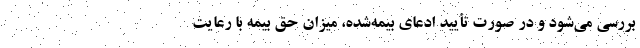
بررسی می‌شود و در صورت تأیید ادعای بیمه‌شده، میزان حق بیمه با رعایت